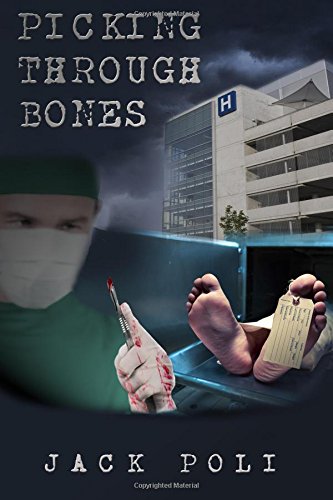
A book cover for Picking Through Bones; Jack Poli; Mystery, Thriller & Suspense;